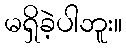
မရှိခဲ့ပါဘူး။